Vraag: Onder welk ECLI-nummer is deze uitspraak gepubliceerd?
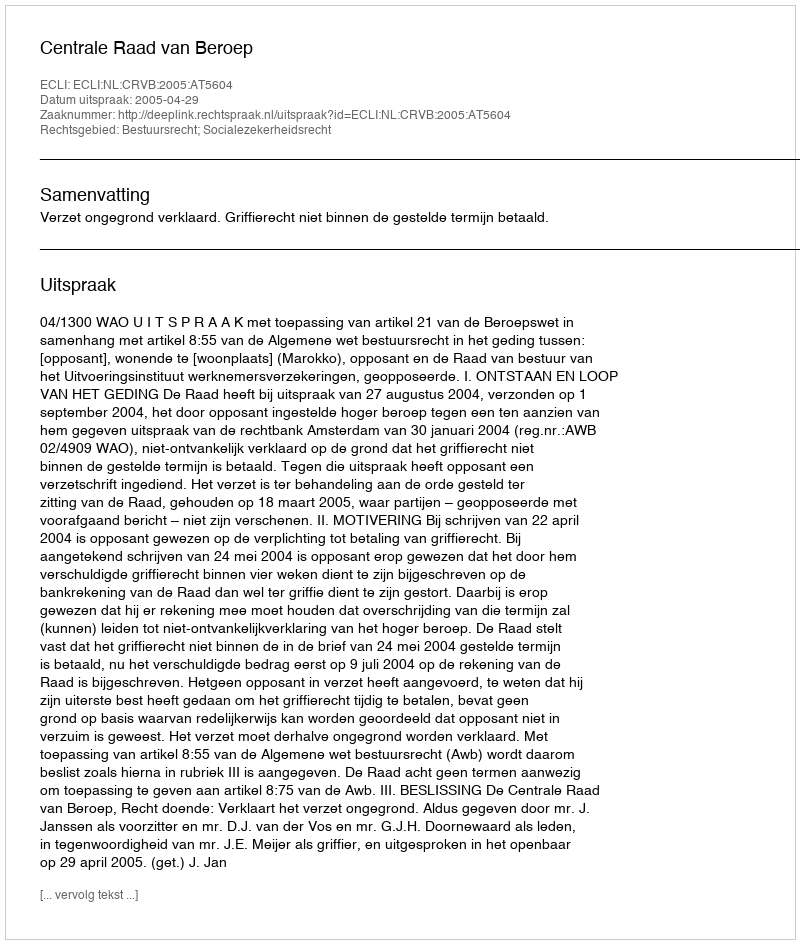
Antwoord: ECLI:NL:CRVB:2005:AT5604